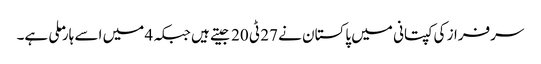
سرفراز کی کپتانی میں پاکستان نے 27 ٹی 20 جیتے ہیں جبکہ 4 میں اسے ہار ملی ہے۔